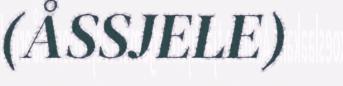
(ÅSSJELE)